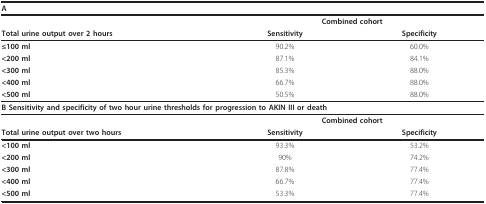
| <COLSPAN=3> A |
 | --- | --- | --- |
 |  | <COLSPAN=2> Combined cohort |
 | Total urine output over 2 hours | Sensitivity | Specificity |
 | ≤100 ml | 90.2% | 60.0% |
 | <200 ml | 87.1% | 84.1% |
 | <300 ml | 85.3% | 88.0% |
 | <400 ml | 66.7% | 88.0% |
 | <500 ml | 50.5% | 88.0% |
 | <COLSPAN=3> B Sensitivity and specificity of two hour urine thresholds for progression to AKIN III or death |
 |  | <COLSPAN=2> Combined cohort |
 | Total urine output over two hours | Sensitivity | Specificity |
 | <100 ml | 93.3% | 53.2% |
 | <200 ml | 90% | 74.2% |
 | <300 ml | 87.8% | 77.4% |
 | <400 ml | 66.7% | 77.4% |
 | <500 ml | 53.3% | 77.4% |